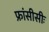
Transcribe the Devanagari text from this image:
फ्रांसीसीः